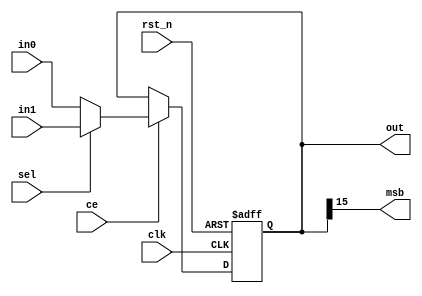
module rot_cordic_mux
#(
  parameter WIDTH = 16          // Data width
)
(
  input      [WIDTH-1 : 0] in0,
  input      [WIDTH-1 : 0] in1,
  input                    sel,
  input                    clk,
  input                    ce,
  input                    rst_n,
  output reg [WIDTH-1 : 0] out,
  output                   msb
);
  wire       [WIDTH-1 : 0] data;
  assign data = (sel)? in1 : in0;
  assign msb = out[WIDTH-1];
  
  always @(posedge clk, negedge rst_n) begin
    if(!rst_n) begin            // Reset
	   out <= 0;
	 end
	 else if(ce) begin
	   out <= data;
	 end
  end
endmodule